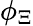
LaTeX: \phi_{\Xi}